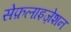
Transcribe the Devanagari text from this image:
सेफ़लाइज़ेशन